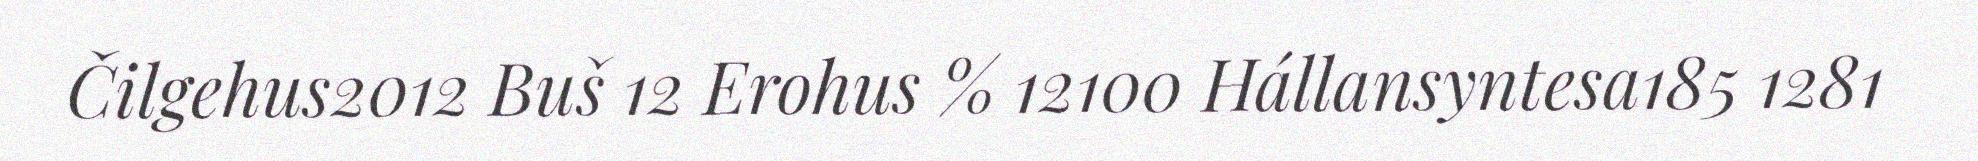
Čilgehus2012 Buš 12 Erohus % 12100 Hállansyntesa185 1281